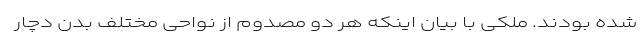
شده بودند. ملکی با بیان اینکه هر دو مصدوم از نواحی مختلف بدن دچار